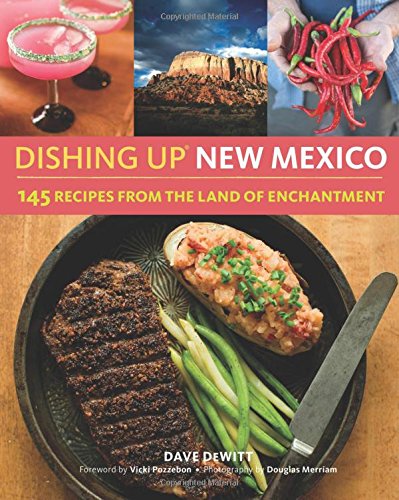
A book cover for Dishing UpÂ® New Mexico: 145 Recipes from the Land of Enchantment; Dave DeWitt; Cookbooks, Food & Wine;